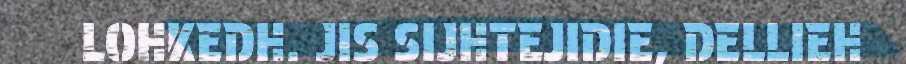
LOHKEDH. JIS SIJHTEJIDIE, DELLIEH